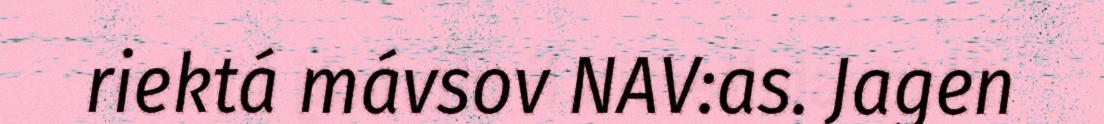
riektá mávsov NAV:as. Jagen